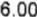
6.00